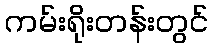
ကမ်းရိုးတန်းတွင်